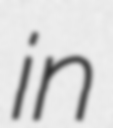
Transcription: in